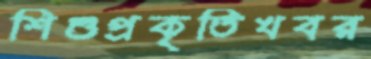
শিশুপ্রকৃতিখবর